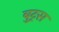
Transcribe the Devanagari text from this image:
बुट्रस